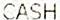
CASH